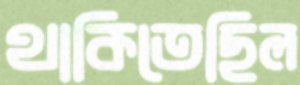
থাকিতেছিল